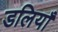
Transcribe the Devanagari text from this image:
डलियाँ